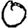
Digit: 0